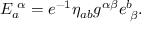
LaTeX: E _ { a } ^ { \, \, \alpha } = e ^ { - 1 } \eta _ { a b } g ^ { \alpha \beta } e _ { \, \, \beta } ^ { b } .